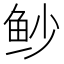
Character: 𫚌